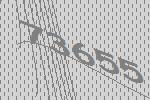
73655